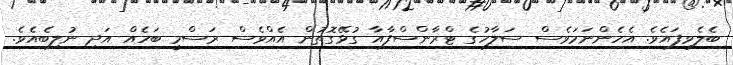
ބެލެވިފައެވެ. އެހެންނަމަވެސް ސަލާހުގެ ޓްރާންސްފާއާ ގުޅޭގޮތުން އެއްވެސް ރަސްމީ ބަހެއް އަދި ނުލިބެއެވެ.